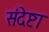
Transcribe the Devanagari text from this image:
संदेष्टा